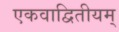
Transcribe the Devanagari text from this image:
एकवाद्वितीयम्